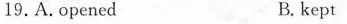
19.A.opened B.kept